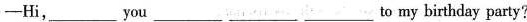
—Hi，___you___ ___ ___to my birthday party?